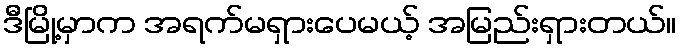
ဒီမြို့မှာက အရက်မရှားပေမယ့် အမြည်းရှားတယ်။